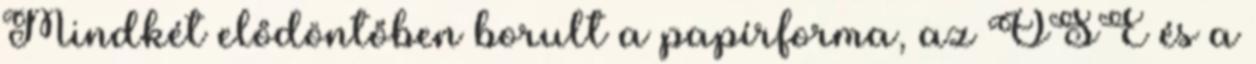
Mindkét elődöntőben borult a papírforma, az OSE és a